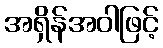
အရှိန်အဝါဖြင့်